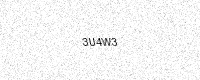
Text: 3U4W3